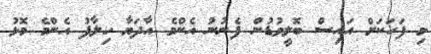
މި ފަހަކަށް އައިސް ބޮލީވުޑުން ފެނުނު އެންމެ އާދަޔާ ހިލާފު އެންމެ މޮޅު